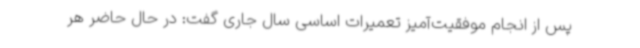
پس از انجام موفقیت‌آمیز تعمیرات اساسی سال جاری گفت: در حال حاضر هر